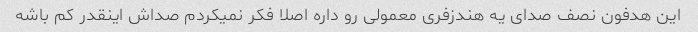
این هدفون نصف صدای یه هندزفری معمولی رو داره اصلا فکر نمیکردم صداش اینقدر کم باشه